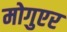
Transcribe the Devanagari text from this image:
मोगुएर